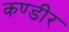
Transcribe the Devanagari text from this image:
कण्डीर